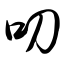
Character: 叨